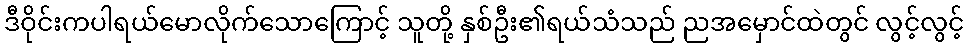
ဒီဝိုင်းကပါရယ်မောလိုက်သောကြောင့် သူတို့ နှစ်ဦး၏ရယ်သံသည် ညအမှောင်ထဲတွင် လွင့်လွင့်